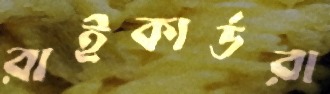
রাইকার্ডরা